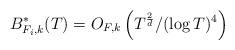
LaTeX: \begin{align*} B^*_{F_i,k}(T) = O_{F,k} \left(T^{\frac{2}{d}} /(\log T)^{4} \right) \end{align*}